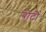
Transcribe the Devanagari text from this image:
बोटौ